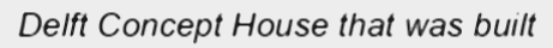
Delft Concept House that was built